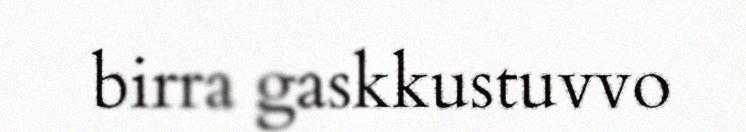
birra gaskkustuvvo